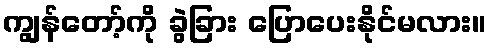
ကျွန်တော့်ကို ခွဲခြား ပြောပေးနိုင်မလား။